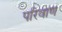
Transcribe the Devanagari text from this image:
परिवाण